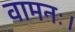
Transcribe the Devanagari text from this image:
वामनः।